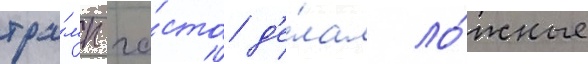
тра́мп ча́сто д'е́лал ло́жные